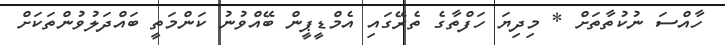
ހާއްސަ ނުކުތާތަށް * މިދިޔަ ހަފްތާގެ ތެރޭގައި އެމްޑީޕީން ބޭއްވުނު ކަންމަތީ ބައްދަލުވުންތަކަށް